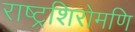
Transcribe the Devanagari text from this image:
राष्ट्रशिरोमणि